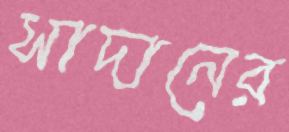
সাদানের